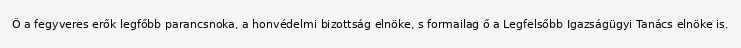
Ő a fegyveres erők legfőbb parancsnoka, a honvédelmi bizottság elnöke, s formailag ő a Legfelsőbb Igazságügyi Tanács elnöke is.